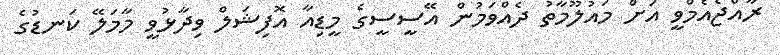
ރާއްޖެއެމްވީ އަށް މައުލޫމާތު ދެއްވަމުން އޭސީސީގެ މީޑިއާ އޮފިޝަލް ވިދާޅުވީ މާމަލޭ ކަނޑުގެ